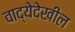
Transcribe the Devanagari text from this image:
वाद्येदेखील